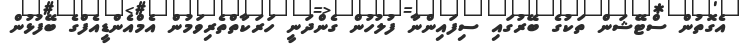
އެގޮތުން ސްޓޭޝަން ތަކުގެ ބޭރުގައި ސިފައިންނާ ފުލުހުން ގެންދަނީ ހަރަކާތްތެރިވަމުން އެމްއެންޑީއެފްގެ ބޭފުޅުން